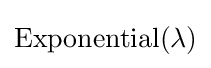
\mathrm {Exponential} (\lambda )